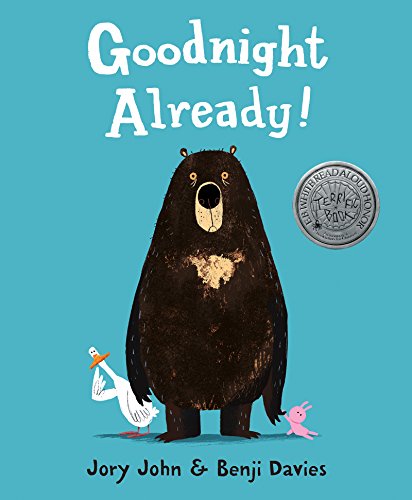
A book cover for Goodnight Already!; Jory John; Children's Books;